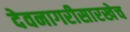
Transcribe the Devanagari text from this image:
देवनागरीसारखेच